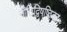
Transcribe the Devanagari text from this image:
नीतिद्विषष्ठिका